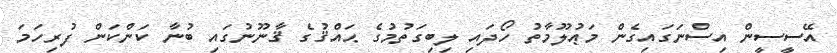
އޭސީސީން އިސްނަގައިގެން މަޢުލޫމާތު ހޯދައި ލިބިގަތުމުގެ ޙައްޤުގެ ޤާނޫނުގައި ބުނާ ކަންކަން ފުރިހަމަ